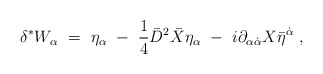
\begin{align*}\delta^*W_\alpha\ =\ \eta_\alpha\ -\ {1\over 4}\bar D^2\bar X\eta_\alpha\ -\ i\partial_{\alpha\dot\alpha}X\bar\eta^{\dot\alpha}\ ,\end{align*}